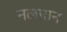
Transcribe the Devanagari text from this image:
नलपान